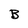
Character: B